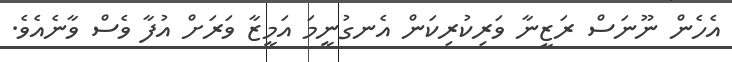
އެހެން ނޫނަސް ރަޒީނާ ވަރިކުރިކަން އެނގުނީމަ އަމީޒާ ވަރަށް އުފާ ވެސް ވާނެއެވެ.